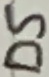
Text: D5